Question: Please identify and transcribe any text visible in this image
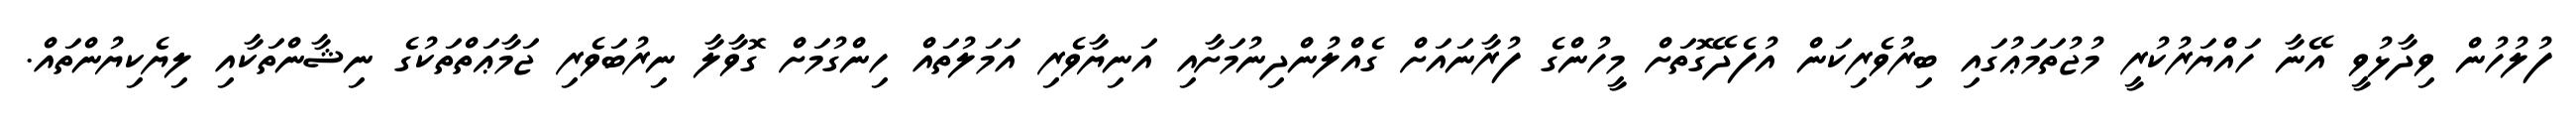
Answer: ފުލުހުން ވިދާޅުވީ އޭނާ ހައްޔަރުކުރީ މުޖުތަމަޢުގައި ބިރުވެރިކަން އުފެދޭގޮތަށް މީހުންގެ ފުރާނައަށް ގެއްލުންދިނުމަށާއި އަނިޔާވެރި އަމަލުތައް ހިންގުމަށް ގޮވާލާ ނިރުބަވެރި ޖަމާޢަތްތަކުގެ ނިޝާންތަކާއި ލިޔެކިޔުންތައް.